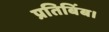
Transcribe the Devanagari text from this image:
प्रतिबिंब।